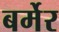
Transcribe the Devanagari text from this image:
बर्मेर